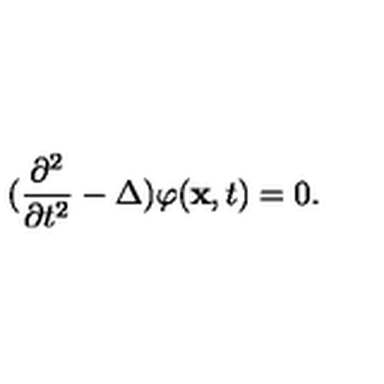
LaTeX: ( \frac { \partial ^ { 2 } } { \partial t ^ { 2 } } - \Delta ) \varphi ( \mathrm { \bf x } , t ) = 0 .